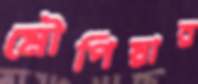
মৌপিয়ার